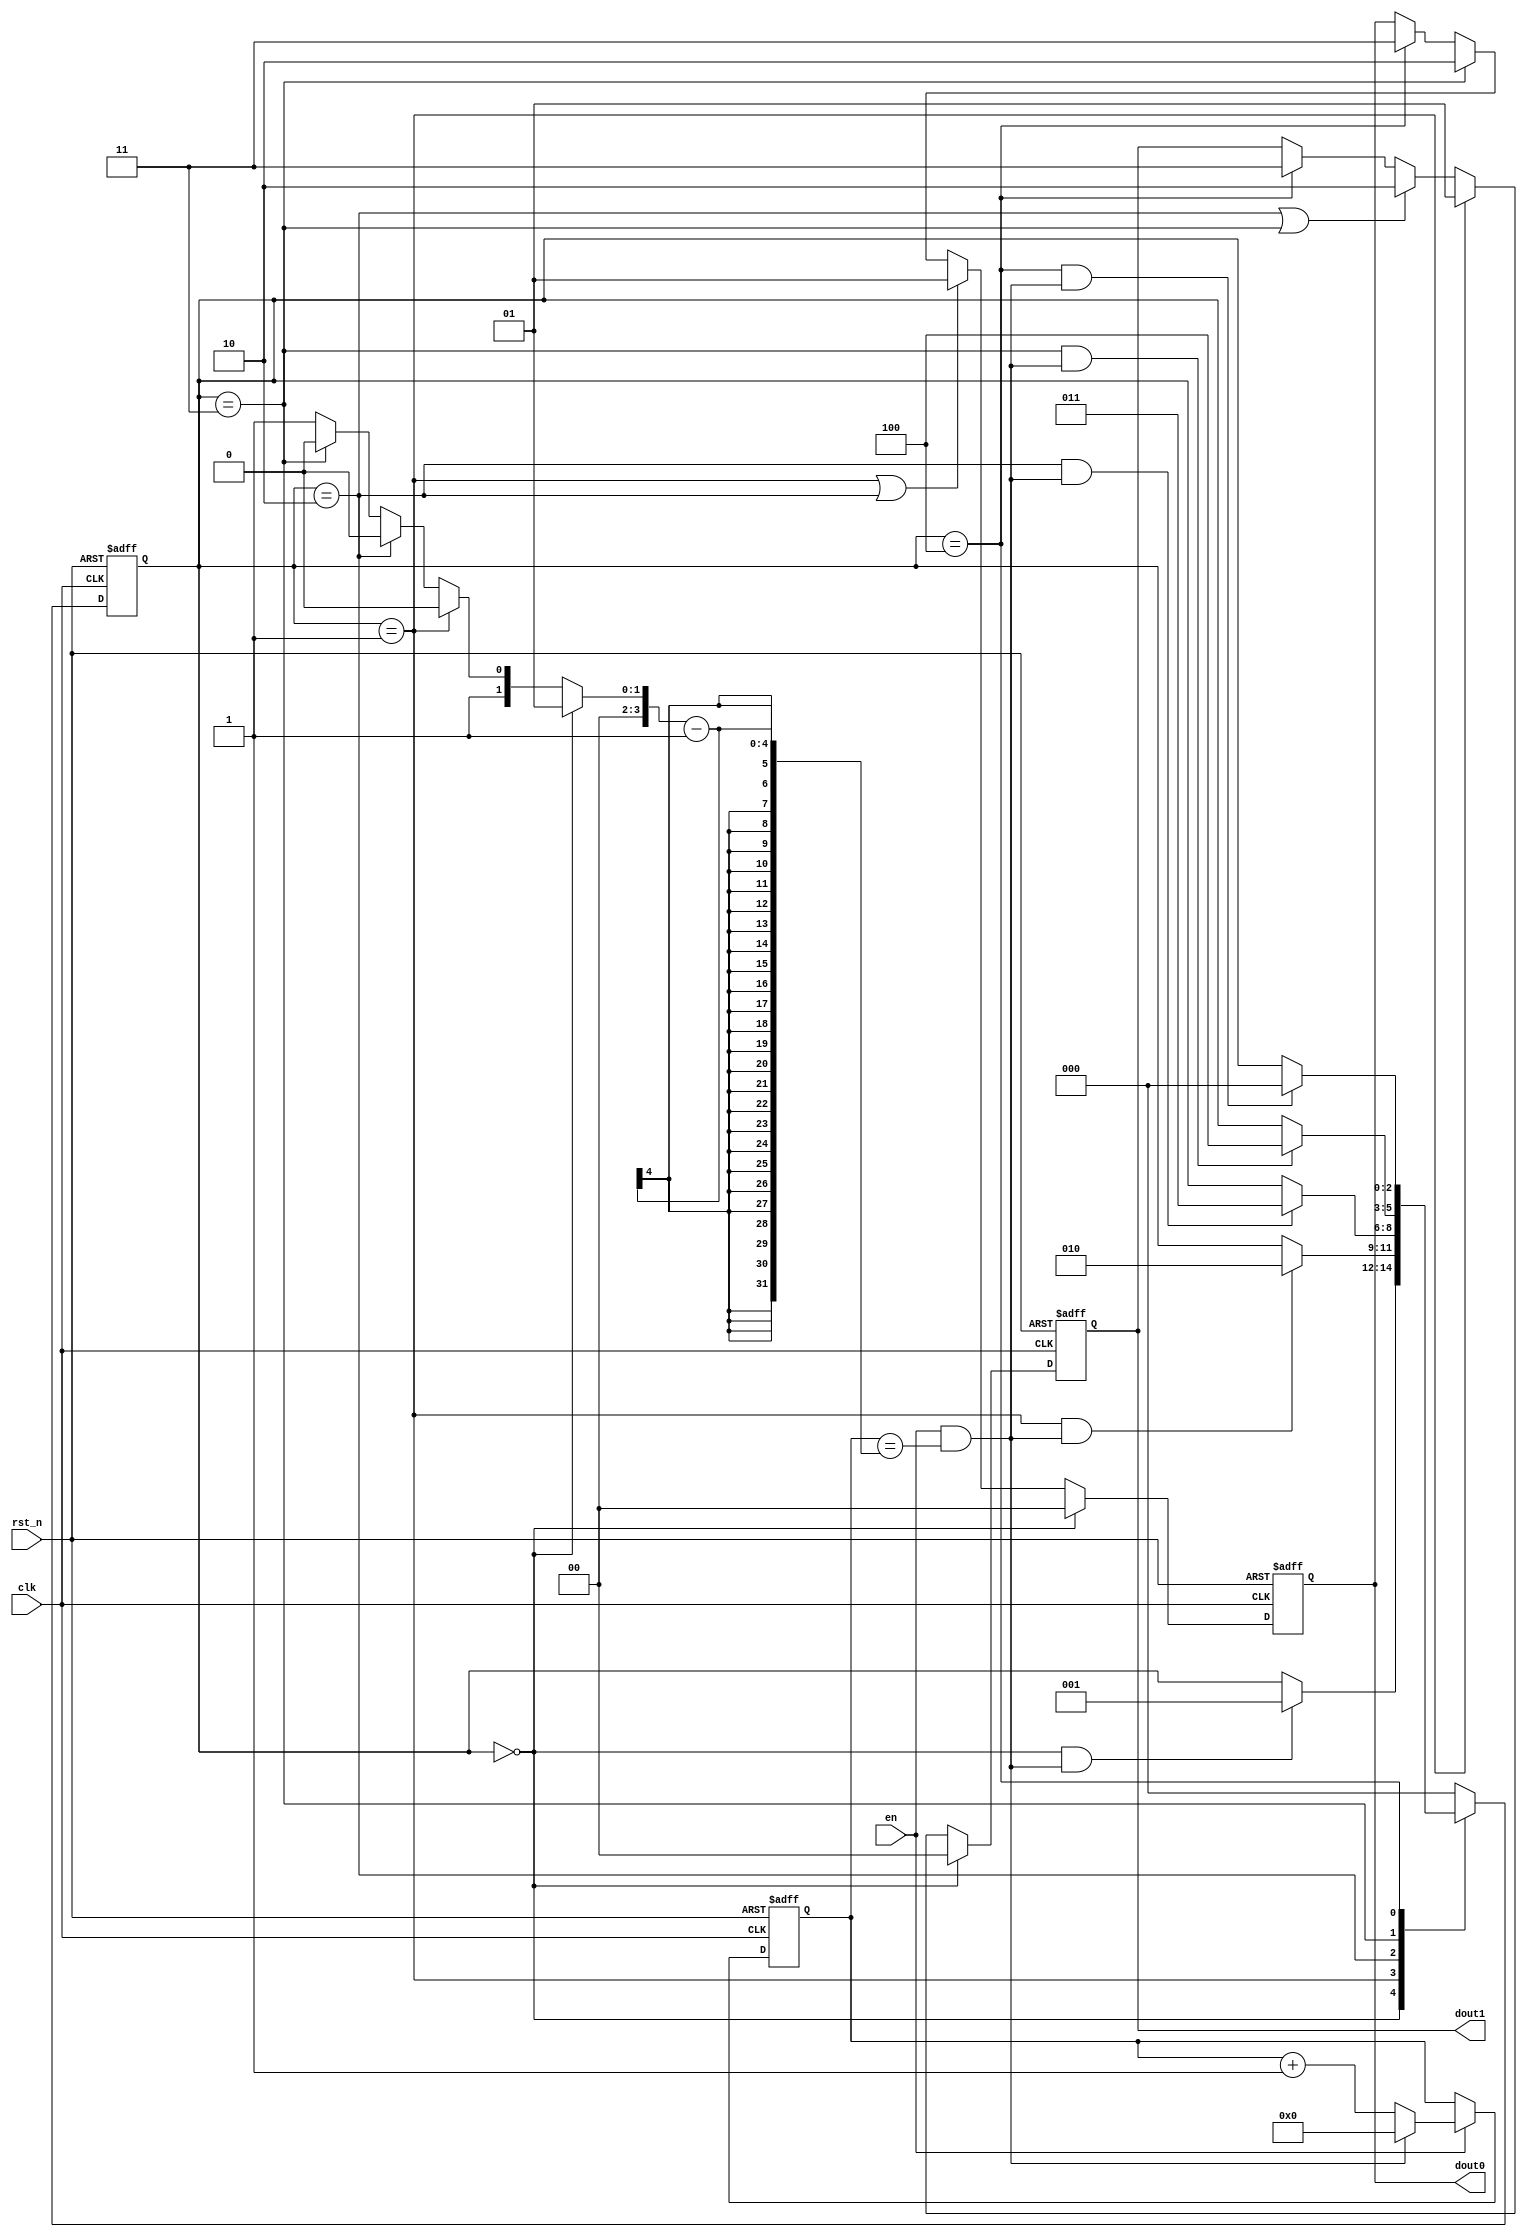
module stateMachine1(
    clk,
    rst_n,
    en,
    dout0,
    dout1
);
    parameter S00 = 0;
    parameter S11 = 1;
    parameter S21 = 2;
    parameter S22 = 3;
    parameter S33 = 4;

    input clk;
    input rst_n;
    input en;
    output reg[1:0] dout0;
    output reg[1:0] dout1;

    wire s002s11_start;
    wire s112s21_start;
    wire s212s22_start;
    wire s222s33_start;
    wire s332s00_start;

    reg [2:0] state_c;
    reg [2:0] state_n;
    reg [3:0] cnt;
    reg [3:0] x;
    wire add_cnt;
    wire end_cnt;

    // 
    always @(posedge clk or negedge rst_n) begin
        if(rst_n == 1'b0) begin
            state_c <= S00;
        end
        else begin
            state_c <= state_n;
        end
    end

    // 
    always @(*) begin
        case(state_c)
            S00: begin
                if(s002s11_start)begin
                    state_n = S11;
                end
                else begin
                    state_n = state_c;
                end
            end
            S11: begin
                if(s112s21_start)begin
                    state_n = S21;
                end
                else begin
                    state_n = state_c;
                end
            end
            S21: begin
                if(s212s22_start)begin
                    state_n = S22;
                end
                else begin
                    state_n = state_c;
                end
            end
            S22: begin
                if(s222s33_start)begin
                    state_n = S33;
                end
                else begin
                    state_n = state_c;
                end
            end
            S33: begin
                if(s332s00_start)begin
                    state_n = S00;
                end
                else begin
                    state_n = state_c;
                end
            end
            default: begin
                state_n = S00;
            end
        endcase
    end

    // assign
    assign s002s11_start = state_c == S00 && end_cnt;
    assign s112s21_start = state_c == S11 && end_cnt;
    assign s212s22_start = state_c == S21 && end_cnt;
    assign s222s33_start = state_c == S22 && end_cnt;
    assign s332s00_start = state_c == S33 && end_cnt;

    // 
    // dout0
    always @(posedge clk or negedge rst_n) begin
        if(rst_n == 1'b0) begin
            dout0 <= 0;
        end
        else if(state_c == S00) begin
            dout0 <= 0;
        end
        else if(state_c == S11 || state_c == S21) begin
            dout0 <= 1;
        end
        else if(state_c == S22) begin
            dout0 <= 2;
        end
        else if(state_c == S33) begin
            dout0 <= 3;
        end
    end

    // dout1
    always @(posedge clk or negedge rst_n) begin
        if(rst_n == 1'b0) begin
            dout1 <= 0;
        end
        else if(state_c == S00) begin
            dout1 <= 0;
        end
        else if(state_c == S11) begin
            dout1 <= 1;
        end
        else if(state_c == S21 || state_c == S22) begin
            dout1 <= 2;
        end
        else if(state_c == S33) begin
            dout1 <= 3;
        end
    end

    // 
    // cnt
    always@(posedge clk or negedge rst_n)begin
        if(rst_n==1'b0)begin
            cnt <= 0;
        end
        else if(add_cnt)begin
            if(end_cnt)begin
                cnt <= 0;
            end
            else begin
                cnt <= cnt +1;
            end
        end
    end

    assign add_cnt = en;
    assign end_cnt = add_cnt && cnt == x - 1;


    // x
    always @(*) begin
        if(state_c == S00)
            x = 1;
        else if(state_c == S11)
            x = 2;
        else if(state_c == S21)
            x = 2;
        else if(state_c == S22)
            x = 2;
        else
            x = 3;
    end

endmodule